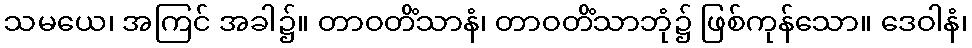
သမယေ၊ အကြင် အခါ၌။ တာဝတိံသာနံ၊ တာဝတိံသာဘုံ၌ ဖြစ်ကုန်သော။ ဒေဝါနံ၊